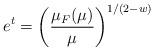
LaTeX: \begin{align*}e^t=\left(\frac{\mu_F(\mu)}{\mu}\right)^{1/(2-w)}\end{align*}